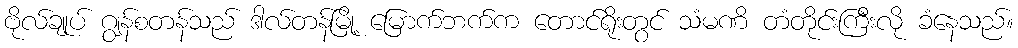
ဗိုလ်ချုပ် ဂျွန်စတန်သည် ဒါလ်တန်မြို့ မြောက်ဘက်က တောင်ရိုးတွင် သံမဏိ တံတိုင်းကြီးလို ခံနေသည်။